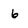
Character: 6